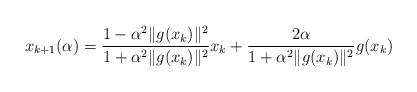
LaTeX: \begin{align*} x_{k+1}(\alpha)=\frac{1-\alpha^2\|g(x_k)\|^2}{1+\alpha^2\|g(x_k)\|^2}x_k +\frac{2\alpha}{1+\alpha^2\|g(x_k)\|^2}g(x_k) \end{align*}